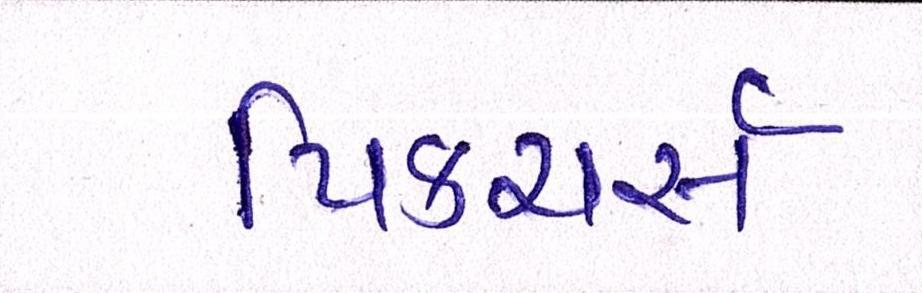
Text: પિક્ચર્સ